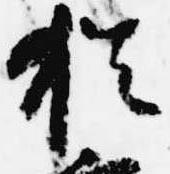
猶